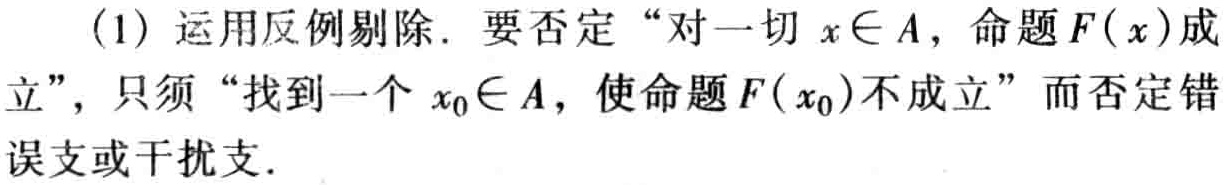
(1) 运用反例剔除. 要否定 “对一切 \(x\in A\)，命题 \(F(x)\) 成立”，只须 “找到一个 \(x_{0}\in A\)，使命题 \(F(x_{0})\) 不成立” 而否定错误支或干扰支.